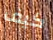
كيف